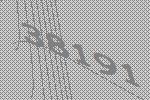
38191